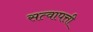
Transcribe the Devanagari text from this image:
सत्वापत्ती